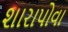
શારાપોવા